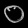
Digit: ၀